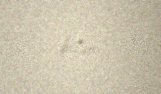
bilər.